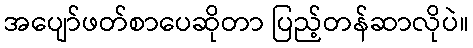
အပျော်ဖတ်စာပေဆိုတာ ပြည့်တန်ဆာလိုပဲ။